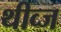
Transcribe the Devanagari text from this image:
थीव्ज